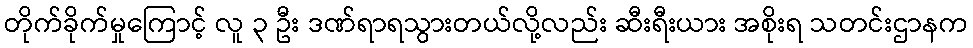
တိုက်ခိုက်မှုကြောင့် လူ ၃ ဦး ဒဏ်ရာရသွားတယ်လို့လည်း ဆီးရီးယား အစိုးရ သတင်းဌာနက